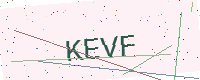
Text: KEVF